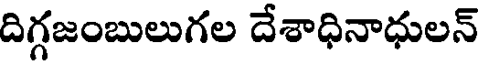
దిగ్గజంబులుగల దేశాధినాధులన్